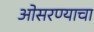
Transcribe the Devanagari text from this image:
ओसरण्याचा